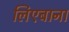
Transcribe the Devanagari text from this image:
लिएबाना